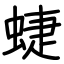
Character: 蜨